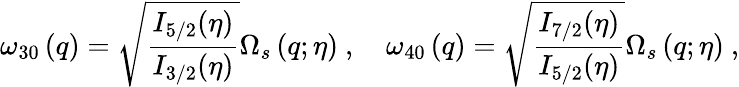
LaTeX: \omega_{30}\left(q\right)=\sqrt{\frac{I_{5/2}(\eta)}{I_{3/2}(\eta)}}\Omega_{s}\left(q;\eta\right)\ ,\quad\omega_{40}\left(q\right)=\sqrt{\frac{I_{7/2}(\eta)}{I_{5/2}(\eta)}}\Omega_{s}\left(q;\eta\right)\ ,